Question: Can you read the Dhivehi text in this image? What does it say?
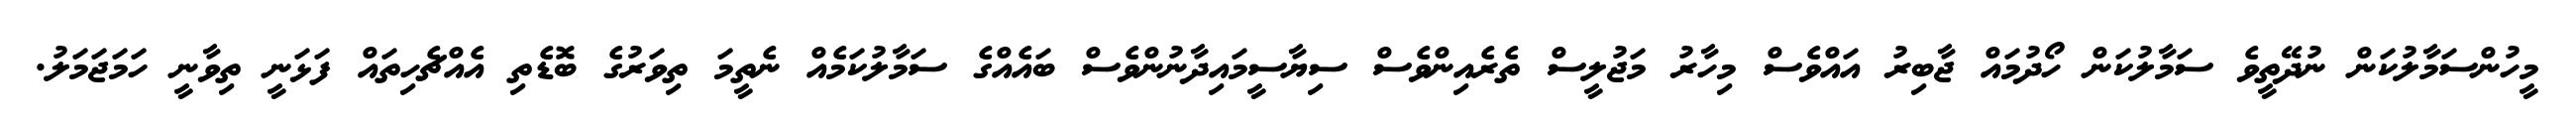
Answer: މީހުންސަމާލުކަން ނުދޭތީވެ ސަމާލުކަން ހޯދުމައް ޖާބިރު އައްވެސް މިހާރު މަޖުލީސް ތެރެއިންވެސް ސިޔާސީމައިދާނުންވެސް ބައެއްގެ ސަމާލުކަމެއް ނެތީމަ ތިވަރުގެ ބޮޑެތި އެއްޗެހިތައް ފަޅަނީ ތިވާނީ ހަމަޖަމަލު.